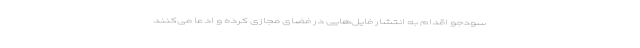
سودجو اقدام به انتشار فایل‌هایی در فضای مجازی کرده و ادعا می‌کنند